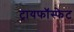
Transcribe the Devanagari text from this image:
ट्रायफॉस्फेट